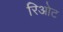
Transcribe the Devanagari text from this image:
रिओट